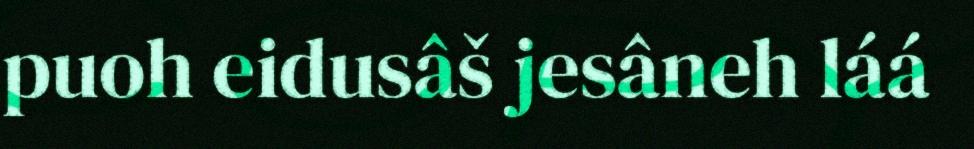
puoh eidusâš jesâneh láá